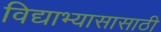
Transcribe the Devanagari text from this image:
विद्याभ्यासासाठी